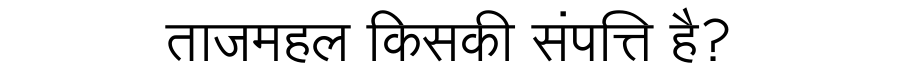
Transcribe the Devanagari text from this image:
ताजमहल किसकी संपत्ति है?